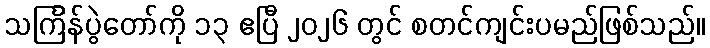
သင်္ကြန်ပွဲတော်ကို ၁၃ ဧပြီ ၂၀၂၆ တွင် စတင်ကျင်းပမည်ဖြစ်သည်။